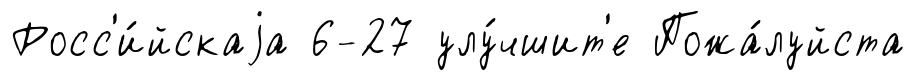
Росс'и́йскаjа 6-27 улу́чшит'е Пожа́луйста